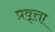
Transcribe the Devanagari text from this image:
प्रवृत्ता